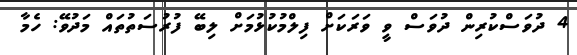
4 ދުވަަސްކުރިން ދުވަސް ވީ ވަރަކަށް ފިލްމުކުޅުމަށް ލިބޭ ފުރުސަތުތައް މަދުވޭ: ހެމާ